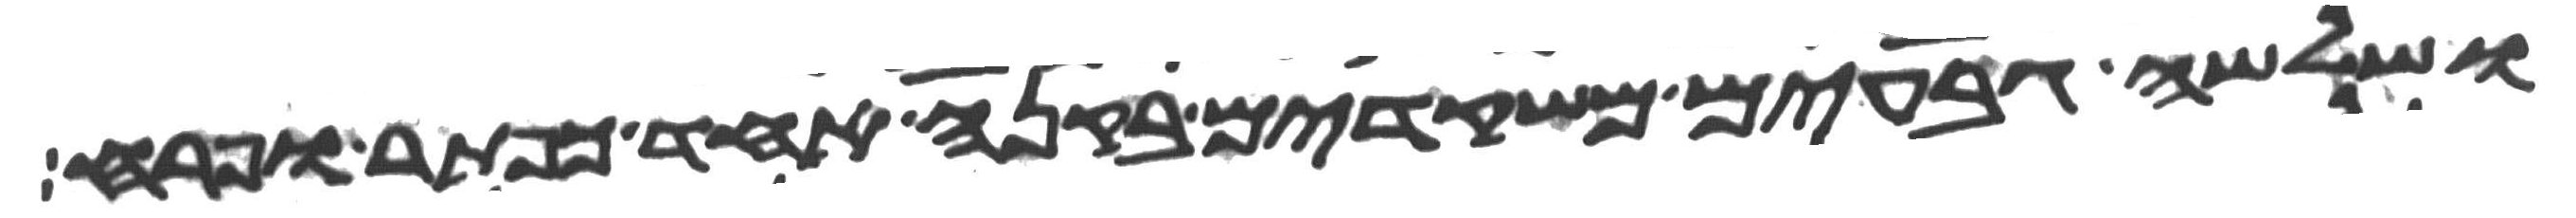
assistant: ושלשה גבעים משקדים בקנה אחד כפתר ופרח